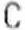
C